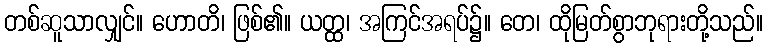
တစ်ဆူသာလျှင်။ ဟောတိ၊ ဖြစ်၏။ ယတ္ထ၊ အကြင်အရပ်၌။ တေ၊ ထိုမြတ်စွာဘုရားတို့သည်။